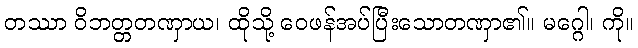
တဿာ ဝိဘတ္တတဏှာယ၊ ထိုသို့ ဝေဖန်အပ်ပြီးသောတဏှာ၏။ မဂ္ဂေါ၊ ကို။